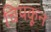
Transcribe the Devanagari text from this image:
चिपकून